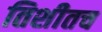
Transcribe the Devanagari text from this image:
तिशीतच